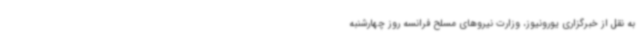
به نقل از خبرگزاری یورونیوز، وزارت نیروهای مسلح فرانسه روز چهارشنبه